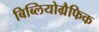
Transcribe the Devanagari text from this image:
बिब्लियोग्रैफिक